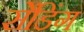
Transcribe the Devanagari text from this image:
सेंडिंग